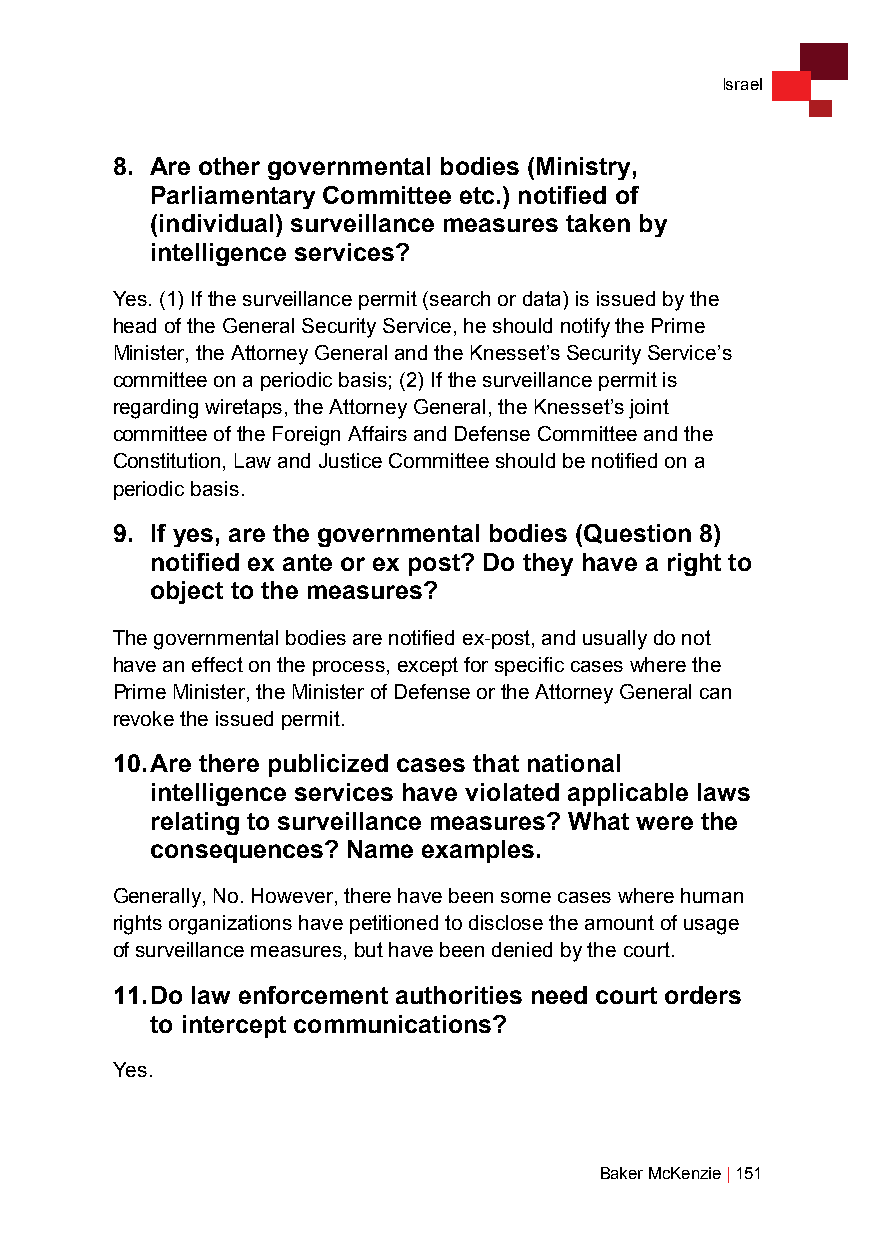
Israel
 8. Are other governmental bodies (Ministry,
 Parliamentary Committee etc.) notified of
 (individual) surveillance measures taken by
 intelligence services?
 Yes. (1) If the surveillance permit (search or data) is issued by the
 head of the General Security Service, he should notify the Prime
 Minister, the Attorney General and the Knesset’s Security Service’s
 committee on a periodic basis; (2) If the surveillance permit is
 regarding wiretaps, the Attorney General, the Knesset’s joint
 committee of the Foreign Affairs and Defense Committee and the
 Constitution, Law and Justice Committee should be notified on a
 periodic basis.
 9. If yes, are the governmental bodies (Question 8)
 notified ex ante or ex post? Do they have a right to
 object to the measures?
 The governmental bodies are notified ex-post, and usually do not
 have an effect on the process, except for specific cases where the
 Prime Minister, the Minister of Defense or the Attorney General can
 revoke the issued permit.
 10. Are there publicized cases that national
 intelligence services have violated applicable laws
 relating to surveillance measures? What were the
 consequences? Name examples.
 Generally, No. However, there have been some cases where human
 rights organizations have petitioned to disclose the amount of usage
 of surveillance measures, but have been denied by the court.
 11. Do law enforcement authorities need court orders
 to intercept communications?
 Yes.
 Baker McKenzie | 151